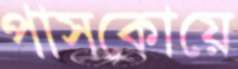
পাসকোয়ে